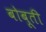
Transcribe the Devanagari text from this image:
बोबूती